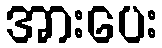
အားပေး